Report on sanitation, dispensaries, and jails in Rajputana for 1917, and on vaccination for the year 1917-1918 - 1917-1918
Year: 1917
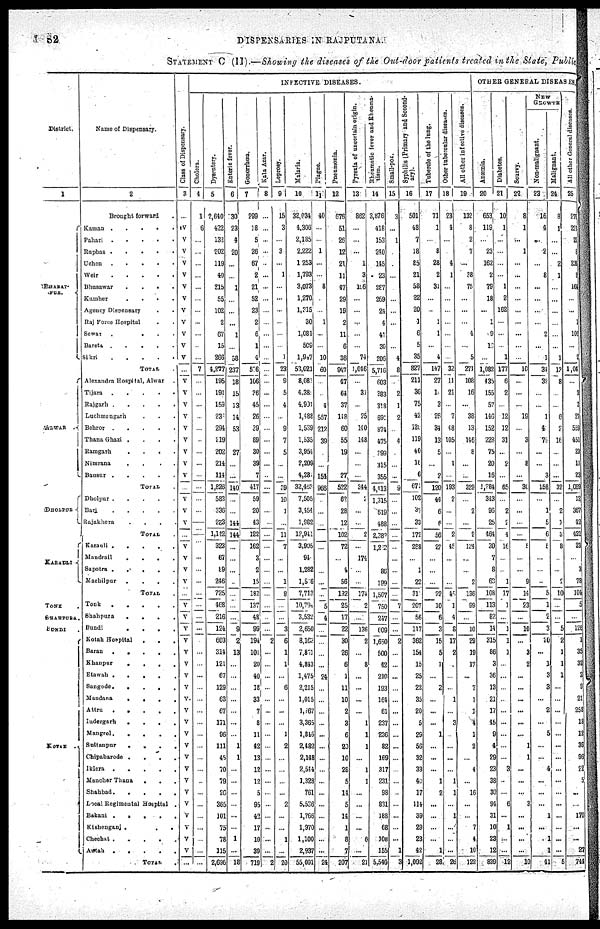
82
DISPENSARIES IN RAJPUTANA.
STATEMENT C (II).—Showing the diseases of the Out-door patients treated in the State, Public
District.
1
BHARAT-
---.
ALWAR
DHOLPUR
KARAULI
TONK .
SHAHPURA.
BUNDI .
KOTAH .
Name of Dispensary.
2
Brought forward .
Kaman .
.
.
.
.
Pahari .
.
.
.
.
Rupbas . . . . .
Uchen
.
.
.
.
.
Weir. . . . .
Bhusawar
.
.
.
.
Kumher
.
.
.
.
Agency Dispensary . .
Raj Force Hospital . .
Sewar
.
.
. .
Bareta .
.
.
.
.
Sikri
.
.
.
.
.
TOTAL .
Alexandra Hospital, Alwar .
Tijara
.
.
.
.
.
Rajgarh .
.
.
.
.
Luchmangarh . . .
Behror .
.
.
.
.
Thana Ghazi .
.
.
.
Ramgarh
. . . .
Nimrana
. . . .
Bausur .
.
.
.
.
TOTAL .
Dholpur .
.
.
.
.
Bari
.
.
.
.
.
Rajakhera . . . .
TOTAL .
Karauli .
.
.
.
.
Mandrail
. . . .
Sapotra .
.
.
.
.
Machilpur
. . . .
TOTAL .
Tonk
.
.
.
.
.
Shahpura
.
.
.
.
Bundi
.
.
.
.
Kotah Hospital
.
.
.
Baran
.
.
.
.
.
Khaupur
.
.
.
.
Etawah .
.
.
.
.
Sangode .
.
.
.
.
Mandana
.
.
.
.
Attru
.
.
.
.
.
Indergarh
.
.
. .
Mangrol.
.
.
.
.
Sultanpur
.
.
.
.
Chipabarode .
. . .
Iklera
.
.
.
.
.
Manoher Thana
. . .
Shahbad .
.
.
.
.
Local Regimental Hospital .
Bakani .
.
.
.
.
Kishenganj .
.
.
Chechat .
.
.
. .
Antah
.
.
.
.
.
TOTAL .
Class of Dispensary.
3
...
IV
V
V
V
V
V
V
V
V
V
V
V
...
V
V
V
V
V
V
V
V
V
...
V
V
V
...
V
V
V
V
...
V
V
V
V
V
V
V
V
V
V
V
V
V
V
V
V
V
V
V
V
V
V
...
INFECTIVE DISEASES.
Cholera.
4
1
6
...
...
...
...
...
...
...
...
...
...
...
7
...
...
...
...
...
...
...
...
...
...
...
...
...
...
...
...
...
...
...
...
...
...
...
...
...
...
...
...
...
...
...
...
...
...
...
...
...
...
...
...
...
...
Dysentery.
5
2,640
422
132
202
119
40
215
55
102
2
67
15
266
4,277
195
191
159
231
294
219
202
214
114
1,826
583
336
223
1,142
323
67
89
246
725
468
216
124
603
314
121
67
129
63
67
171
96
111
45
70
79
26
365
101
75
78
115
2,696
Enteric fever.
6
30
23
4
20
...
...
1
...
...
...
1
...
58
237
18
15
13
14
53
...
27
...
...
140
...
...
144
144
...
...
...
...
...
...
...
9
2
13
...
...
...
...
...
...
...
1
1
...
...
...
...
...
...
1
...
18
Gonorrhœa.
7
299
18
5
26
67
2
21
52
23 2
6
1
4
526
106
36
45
26
39
89
30
39
7
417
59
20
43
122
162
3
2
16
182
137
48
99
194
101
20
40
18
33
7
8
11
42
13
12
12
5
95
42
17
10
39
719
Kala Azar.
8
...
...
...
...
...
...
...
...
...
...
...
...
...
...
...
...
...
...
...
...
...
...
...
...
...
...
...
...
...
...
...
...
...
...
...
...
2
...
...
...
...
...
...
...
...
...
...
...
...
...
...
...
...
...
...
2
Leprosy.
9
15
3
...
3
...
1
...
...
...
...
...
...
1
23
9
5
4
...
9
7
5
...
...
39
10
1
...
11
7
...
...
1
8
...
...
3
6
1
1
...
6
...
...
...
1
2
...
...
...
...
2
...
...
1
...
20
Malaria.
10
32,034
4,306
2,185
2,222
1,253
1,793
3,073
1,270
1,315
30
1,084
509
1,947
53,021
8,081
4,380
4,991
1,488
1,539
1,535
3,954
2,209
4,281
32,463
7,505
3,454
1,982
12,941
3,905
94
1,282
1,526
7,712
10,794
3,532
2,650
8,162
7,851
4,843
1,475
2,215
1,015
1,767
3,365
1,846
2,482
2,148
2,544
1,328
761
5,536
1,766
1,970
1,100
2,937
55,091
Plague.
11
40
...
...
1
...
...
8
...
...
1
...
...
10
60
...
...
4
557
212
39
...
...
154
966
...
...
...
...
...
...
...
...
...
5
4
...
...
...
...
24
...
...
...
...
...
...
...
...
...
...
...
...
...
...
...
24
Pneumonia.
12
676
51
26
12
21
11
47
29
19
2
11
6
36
947
47
64
37
118
60
55
19
...
27
522
62
28
12
102
72
...
4
56
132
25
17
22
30
26
6
1
11
10
2
3
6
20
10
28
5
14
5
14
1
8
7
207
Pyrexia of uncertain origin.
13
862
...
...
...
1
3
106
...
...
...
...
...
74
1,046
...
31
...
25
140
148
...
...
...
344
2
...
...
2
...
174
...
...
174
2
...
136
2
...
8
...
...
...
...
1
1
1
...
1
1
...
...
...
...
6
...
21
Rheumatic fever and Rheuma¬
tism.
14
3,876
418
153
240
145
23
287
269
24
4
41
30
206
5,716
603
383
318
691
874
475
399
315
355
4,413
1,315
619
488
2,282
1,222
...
86
199
1,507
750
247
609
1,650
500
42
210
193
164
61
237
236
82
169
317
231
98
831
188
68
108
155
5,540
Small-pox.
15
3
...
1
...
...
...
...
...
...
...
...
...
4
8
...
2
1
2
...
4
...
...
...
9
...
...
...
...
...
...
...
...
...
7
...
...
2
...
...
...
...
...
...
...
...
...
...
...
...
...
...
...
...
...
1
3
Syphilis (Primary and Second-
ary).
16
501
48
7
18
85
21
58
22
20
1
6
5
35
827
211
36
75
42
126
119
40
16
6
671
102
37
33
172
288
...
1
22
311
207
56
117
362
154
15
25
22
35
20
5
29
56
32
33
40
17
114
39
29
23
42
1,092
Tubercle of the lung.
17
71
1
...
8
28
2
31
...
...
1
1
...
4
147
27
1
3
26
34
13
5
...
2
120
44
6
6
56
22
...
...
...
22
10
6
3
15
5
1
...
2
...
...
...
1
...
...
...
1
2
...
...
...
...
1
28
Other tubercular diseases.
18
23
4
...
...
4
1
...
...
...
...
...
...
...
32
11
21
...
7
48
105
...
1
...
193
2
...
...
2
45
...
...
...
45
1
4
8
17
2
...
...
...
1
...
3
...
...
...
...
1
1
...
1
...
...
...
26
All other infective diseases.
19
132
8
2
7
...
38
75
...
...
...
4
...
5
271
108
16
...
38
13
146
8
...
...
329
...
2
...
2
124
...
...
2
136
99
...
10
29
19
17
...
7
1
1
4
1
2
4
...
16
...
...
7
4
10
122
OTHER GENERAL DISEASES.
Anæmia.
20
653
119
...
23
162
2
79
18
...
1
9
1
...
1,082
435
155
57
146
152
228
75
20
16
1,284
343
96
25
464
20
7
8
63
108
113
82
14
315
86
3
36
13
21
17
45
9
4
29
23
38
30
94
31
10
23
12
839
Disbetes.
21
10
1
...
...
...
...
1
2
162
...
...
...
1
177
6
2
...
12
12
31
...
2
...
65
...
2
2
4
16
...
...
1
17
1
...
1
1
1
...
...
...
...
...
...
...
...
...
3
...
...
6
...
1
...
...
12
Scurvy.
22
8
1
...
1
...
...
...
...
...
...
...
...
...
10
...
...
...
19
...
3
...
8
...
30
...
...
...
...
5
...
...
9
14
23
...
10
...
3
2
...
...
...
...
...
...
1
1
...
...
...
3
...
...
...
...
10
NEW
GROWTH
Non-malignant
23
16
4
...
2
...
8
...
...
...
...
2
...
1
34
37
...
...
1
4
79
...
...
3
158
...
1
5
6
5
...
...
...
5
1
2
3
20
...
1
3
3
...
2
...
5
...
...
4
...
...
...
1
...
1
1
41
Malignant.
24
8
1
...
...
2
1
...
...
...
...
...
...
1
13
8
...
...
6
2
16
...
...
...
32
...
2
1
3
8
...
...
2
10
...
...
5
2
1
1
1
...
...
...
...
...
...
...
...
...
...
...
...
...
...
...
5
All other General diseases.
25
27
23
27
8
236 9
164
...
...
1
100
...
2
1,04
...
...
1
27
559
451
23
11
23
1,099
12
367
42
421
23
...
3
78 104
5
...
126
1
35
32
2
9
21
258
18
12
36
96
22
22
...
...
170
...
...
27
744